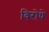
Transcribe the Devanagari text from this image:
विरोधे